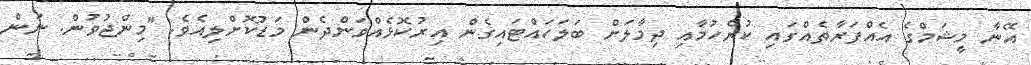
އޭނާ މީޝަމްގެ އެއްފަރާތެއްގައި ކުރެހުމާއި ދިމާލަށް ބަލަހައްޓައިގެން އިރުކޮޅެއްވަންދެން މަޑުކޮށްލިއެވެ. "މިންޖުވުން. ނަން